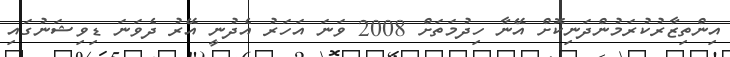
އިންތިޒާރުކުރަމުންދަނިކޮށް އޭނާ ހިދުމަތަށް 2008 ވަނަ އަހަރު އެދުނީ އޭރު ދެވަނަ ޑިވިޝަނުގައި